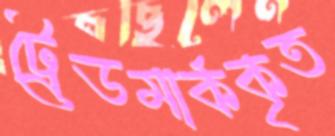
ট্রেডমার্ককৃত